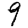
Digit: 9